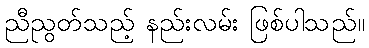
ညီညွတ်သည့် နည်းလမ်း ဖြစ်ပါသည်။